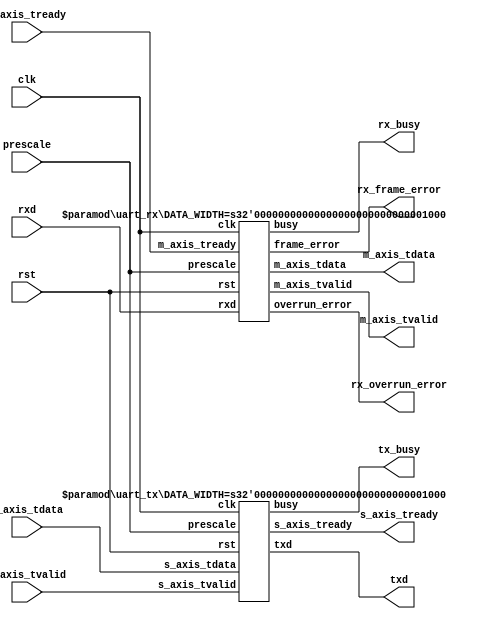
/*

Copyright (c) 2014-2017 Alex Forencich

Permission is hereby granted, free of charge, to any person obtaining a copy
of this software and associated documentation files (the "Software"), to deal
in the Software without restriction, including without limitation the rights
to use, copy, modify, merge, publish, distribute, sublicense, and/or sell
copies of the Software, and to permit persons to whom the Software is
furnished to do so, subject to the following conditions:

The above copyright notice and this permission notice shall be included in
all copies or substantial portions of the Software.

THE SOFTWARE IS PROVIDED "AS IS", WITHOUT WARRANTY OF ANY KIND, EXPRESS OR
IMPLIED, INCLUDING BUT NOT LIMITED TO THE WARRANTIES OF MERCHANTABILITY
FITNESS FOR A PARTICULAR PURPOSE AND NONINFRINGEMENT. IN NO EVENT SHALL THE
AUTHORS OR COPYRIGHT HOLDERS BE LIABLE FOR ANY CLAIM, DAMAGES OR OTHER
LIABILITY, WHETHER IN AN ACTION OF CONTRACT, TORT OR OTHERWISE, ARISING FROM,
OUT OF OR IN CONNECTION WITH THE SOFTWARE OR THE USE OR OTHER DEALINGS IN
THE SOFTWARE.

*/

// Language: Verilog 2001

`timescale 1ns / 1ps

/*
 * AXI4-Stream UART
 */
module uart #
(
    parameter DATA_WIDTH = 8
)
(
    input  wire                   clk,
    input  wire                   rst,

    /*
     * AXI input
     */
    input  wire [DATA_WIDTH-1:0]  s_axis_tdata,
    input  wire                   s_axis_tvalid,
    output wire                   s_axis_tready,

    /*
     * AXI output
     */
    output wire [DATA_WIDTH-1:0]  m_axis_tdata,
    output wire                   m_axis_tvalid,
    input  wire                   m_axis_tready,

    /*
     * UART interface
     */
    input  wire                   rxd,
    output wire                   txd,

    /*
     * Status
     */
    output wire                   tx_busy,
    output wire                   rx_busy,
    output wire                   rx_overrun_error,
    output wire                   rx_frame_error,

    /*
     * Configuration
     */
    input  wire [15:0]            prescale

);

uart_tx #(
    .DATA_WIDTH(DATA_WIDTH)
)
uart_tx_inst (
    .clk(clk),
    .rst(rst),
    // axi input
    .s_axis_tdata(s_axis_tdata),
    .s_axis_tvalid(s_axis_tvalid),
    .s_axis_tready(s_axis_tready),
    // output
    .txd(txd),
    // status
    .busy(tx_busy),
    // configuration
    .prescale(prescale)
);

uart_rx #(
    .DATA_WIDTH(DATA_WIDTH)
)
uart_rx_inst (
    .clk(clk),
    .rst(rst),
    // axi output
    .m_axis_tdata(m_axis_tdata),
    .m_axis_tvalid(m_axis_tvalid),
    .m_axis_tready(m_axis_tready),
    // input
    .rxd(rxd),
    // status
    .busy(rx_busy),
    .overrun_error(rx_overrun_error),
    .frame_error(rx_frame_error),
    // configuration
    .prescale(prescale)
);

endmodule

/*

Copyright (c) 2014-2017 Alex Forencich

Permission is hereby granted, free of charge, to any person obtaining a copy
of this software and associated documentation files (the "Software"), to deal
in the Software without restriction, including without limitation the rights
to use, copy, modify, merge, publish, distribute, sublicense, and/or sell
copies of the Software, and to permit persons to whom the Software is
furnished to do so, subject to the following conditions:

The above copyright notice and this permission notice shall be included in
all copies or substantial portions of the Software.

THE SOFTWARE IS PROVIDED "AS IS", WITHOUT WARRANTY OF ANY KIND, EXPRESS OR
IMPLIED, INCLUDING BUT NOT LIMITED TO THE WARRANTIES OF MERCHANTABILITY
FITNESS FOR A PARTICULAR PURPOSE AND NONINFRINGEMENT. IN NO EVENT SHALL THE
AUTHORS OR COPYRIGHT HOLDERS BE LIABLE FOR ANY CLAIM, DAMAGES OR OTHER
LIABILITY, WHETHER IN AN ACTION OF CONTRACT, TORT OR OTHERWISE, ARISING FROM,
OUT OF OR IN CONNECTION WITH THE SOFTWARE OR THE USE OR OTHER DEALINGS IN
THE SOFTWARE.

*/

// Language: Verilog 2001

`timescale 1ns / 1ps

/*
 * AXI4-Stream UART
 */
module uart_rx #
(
    parameter DATA_WIDTH = 8
)
(
    input  wire                   clk,
    input  wire                   rst,

    /*
     * AXI output
     */
    output wire [DATA_WIDTH-1:0]  m_axis_tdata,
    output wire                   m_axis_tvalid,
    input  wire                   m_axis_tready,

    /*
     * UART interface
     */
    input  wire                   rxd,

    /*
     * Status
     */
    output wire                   busy,
    output wire                   overrun_error,
    output wire                   frame_error,

    /*
     * Configuration
     */
    input  wire [15:0]            prescale

);

reg [DATA_WIDTH-1:0] m_axis_tdata_reg = 0;
reg m_axis_tvalid_reg = 0;

reg rxd_reg = 1;

reg busy_reg = 0;
reg overrun_error_reg = 0;
reg frame_error_reg = 0;

reg [DATA_WIDTH-1:0] data_reg = 0;
reg [18:0] prescale_reg = 0;
reg [3:0] bit_cnt = 0;

assign m_axis_tdata = m_axis_tdata_reg;
assign m_axis_tvalid = m_axis_tvalid_reg;

assign busy = busy_reg;
assign overrun_error = overrun_error_reg;
assign frame_error = frame_error_reg;

always @(posedge clk) begin
    if (rst) begin
        m_axis_tdata_reg <= 0;
        m_axis_tvalid_reg <= 0;
        rxd_reg <= 1;
        prescale_reg <= 0;
        bit_cnt <= 0;
        busy_reg <= 0;
        overrun_error_reg <= 0;
        frame_error_reg <= 0;
    end else begin
        rxd_reg <= rxd;
        overrun_error_reg <= 0;
        frame_error_reg <= 0;

        if (m_axis_tvalid && m_axis_tready) begin
            m_axis_tvalid_reg <= 0;
        end

        if (prescale_reg > 0) begin
            prescale_reg <= prescale_reg - 1;
        end else if (bit_cnt > 0) begin
            if (bit_cnt > DATA_WIDTH+1) begin
                if (!rxd_reg) begin
                    bit_cnt <= bit_cnt - 1;
                    prescale_reg <= (prescale << 3)-1;
                end else begin
                    bit_cnt <= 0;
                    prescale_reg <= 0;
                end
            end else if (bit_cnt > 1) begin
                bit_cnt <= bit_cnt - 1;
                prescale_reg <= (prescale << 3)-1;
                data_reg <= {rxd_reg, data_reg[DATA_WIDTH-1:1]};
            end else if (bit_cnt == 1) begin
                bit_cnt <= bit_cnt - 1;
                if (rxd_reg) begin
                    m_axis_tdata_reg <= data_reg;
                    m_axis_tvalid_reg <= 1;
                    overrun_error_reg <= m_axis_tvalid_reg;
                end else begin
                    frame_error_reg <= 1;
                end
            end
        end else begin
            busy_reg <= 0;
            if (!rxd_reg) begin
                prescale_reg <= (prescale << 2)-2;
                bit_cnt <= DATA_WIDTH+2;
                data_reg <= 0;
                busy_reg <= 1;
            end
        end
    end
end

endmodule

/*

Copyright (c) 2014-2017 Alex Forencich

Permission is hereby granted, free of charge, to any person obtaining a copy
of this software and associated documentation files (the "Software"), to deal
in the Software without restriction, including without limitation the rights
to use, copy, modify, merge, publish, distribute, sublicense, and/or sell
copies of the Software, and to permit persons to whom the Software is
furnished to do so, subject to the following conditions:

The above copyright notice and this permission notice shall be included in
all copies or substantial portions of the Software.

THE SOFTWARE IS PROVIDED "AS IS", WITHOUT WARRANTY OF ANY KIND, EXPRESS OR
IMPLIED, INCLUDING BUT NOT LIMITED TO THE WARRANTIES OF MERCHANTABILITY
FITNESS FOR A PARTICULAR PURPOSE AND NONINFRINGEMENT. IN NO EVENT SHALL THE
AUTHORS OR COPYRIGHT HOLDERS BE LIABLE FOR ANY CLAIM, DAMAGES OR OTHER
LIABILITY, WHETHER IN AN ACTION OF CONTRACT, TORT OR OTHERWISE, ARISING FROM,
OUT OF OR IN CONNECTION WITH THE SOFTWARE OR THE USE OR OTHER DEALINGS IN
THE SOFTWARE.

*/

// Language: Verilog 2001

`timescale 1ns / 1ps

/*
 * AXI4-Stream UART
 */
module uart_tx #
(
    parameter DATA_WIDTH = 8
)
(
    input  wire                   clk,
    input  wire                   rst,

    /*
     * AXI input
     */
    input  wire [DATA_WIDTH-1:0]  s_axis_tdata,
    input  wire                   s_axis_tvalid,
    output wire                   s_axis_tready,

    /*
     * UART interface
     */
    output wire                   txd,

    /*
     * Status
     */
    output wire                   busy,

    /*
     * Configuration
     */
    input  wire [15:0]            prescale
);

reg s_axis_tready_reg = 0;

reg txd_reg = 1;

reg busy_reg = 0;

reg [DATA_WIDTH:0] data_reg = 0;
reg [18:0] prescale_reg = 0;
reg [3:0] bit_cnt = 0;

assign s_axis_tready = s_axis_tready_reg;
assign txd = txd_reg;

assign busy = busy_reg;

always @(posedge clk) begin
    if (rst) begin
        s_axis_tready_reg <= 0;
        txd_reg <= 1;
        prescale_reg <= 0;
        bit_cnt <= 0;
        busy_reg <= 0;
    end else begin
        if (prescale_reg > 0) begin
            s_axis_tready_reg <= 0;
            prescale_reg <= prescale_reg - 1;
        end else if (bit_cnt == 0) begin
            s_axis_tready_reg <= 1;
            busy_reg <= 0;

            if (s_axis_tvalid) begin
                s_axis_tready_reg <= !s_axis_tready_reg;
                prescale_reg <= (prescale << 3)-1;
                bit_cnt <= DATA_WIDTH+1;
                data_reg <= {1'b1, s_axis_tdata};
                txd_reg <= 0;
                busy_reg <= 1;
            end
        end else begin
            if (bit_cnt > 1) begin
                bit_cnt <= bit_cnt - 1;
                prescale_reg <= (prescale << 3)-1;
                {data_reg, txd_reg} <= {1'b0, data_reg};
            end else if (bit_cnt == 1) begin
                bit_cnt <= bit_cnt - 1;
                prescale_reg <= (prescale << 3);
                txd_reg <= 1;
            end
        end
    end
end

endmodule